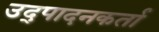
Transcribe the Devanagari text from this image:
उद्पादनकर्ता